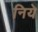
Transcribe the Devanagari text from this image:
निये